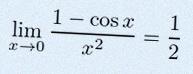
\lim_{x\to0}\frac{1-\cos x}{x^2}=\frac12